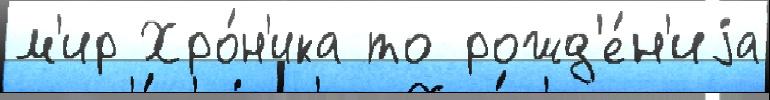
м'ир Хро́н'ика то рожд'е́н'иjа